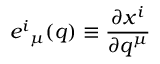
{ e ^ { i } } _ { \mu } ( q ) \equiv \frac { \partial x ^ { i } } { \partial q ^ { \mu } }